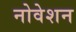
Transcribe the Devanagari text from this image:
नोवेशन